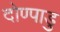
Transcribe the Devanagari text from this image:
दोण्पाडु